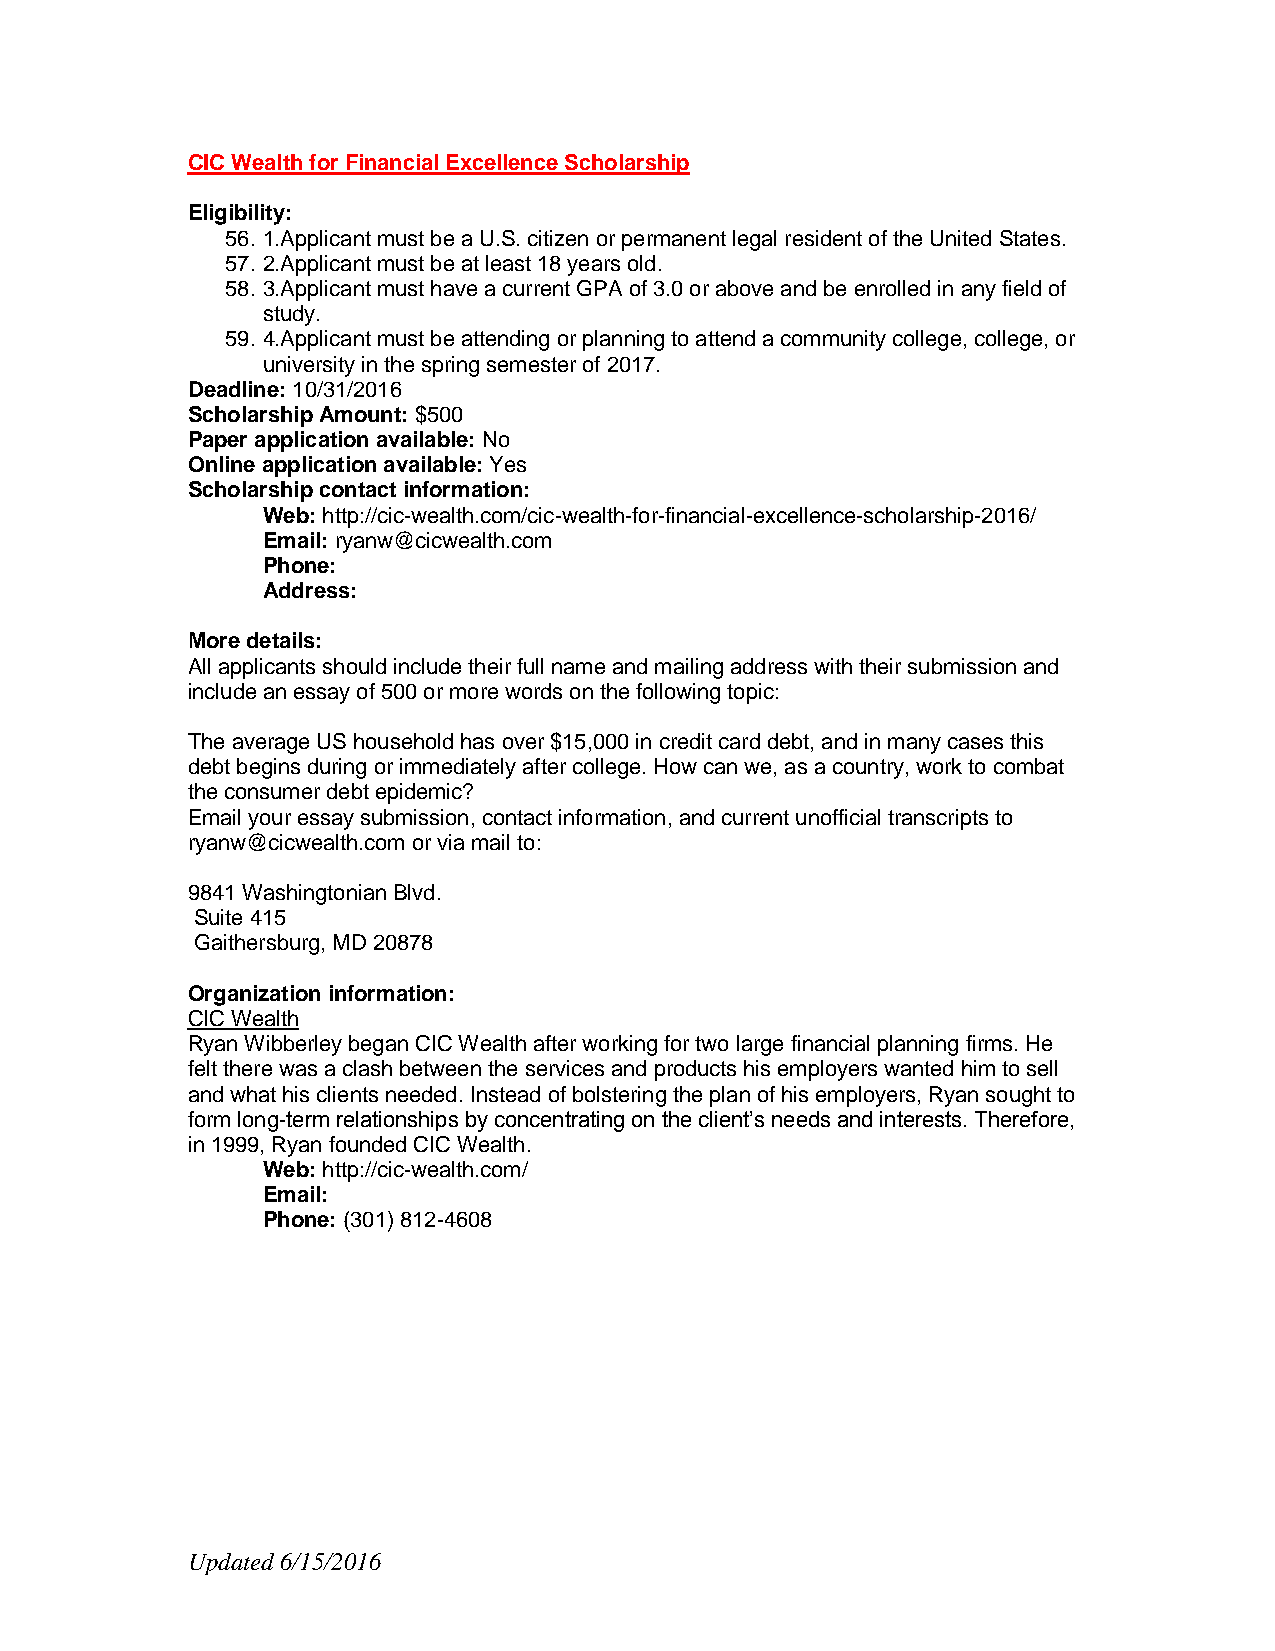
CIC Wealth for Financial Excellence Scholarship
 Eligibility:
 56. 1.Applicant must be a U.S. citizen or permanent legal resident of the United States.
 57. 2.Applicant must be at least 18 years old.
 58. 3.Applicant must have a current GPA of 3.0 or above and be enrolled in any field of
 study.
 59. 4.Applicant must be attending or planning to attend a community college, college, or
 university in the spring semester of 2017.
 Deadline: 10/31/2016
 Scholarship Amount: $500
 Paper application available: No
 Online application available: Yes
 Scholarship contact information:
 Web: http://cic-wealth.com/cic-wealth-for-financial-excellence-scholarship-2016/
 Email: ryanw@cicwealth.com
 Phone:
 Address:
 More details:
 All applicants should include their full name and mailing address with their submission and
 include an essay of 500 or more words on the following topic:
 The average US household has over $15,000 in credit card debt, and in many cases this
 debt begins during or immediately after college. How can we, as a country, work to combat
 the consumer debt epidemic?
 Email your essay submission, contact information, and current unofficial transcripts to
 ryanw@cicwealth.com or via mail to:
 9841 Washingtonian Blvd.
 Suite 415
 Gaithersburg, MD 20878
 Organization information:
 CIC Wealth
 Ryan Wibberley began CIC Wealth after working for two large financial planning firms. He
 felt there was a clash between the services and products his employers wanted him to sell
 and what his clients needed. Instead of bolstering the plan of his employers, Ryan sought to
 form long-term relationships by concentrating on the client’s needs and interests. Therefore,
 in 1999, Ryan founded CIC Wealth.
 Web: http://cic-wealth.com/
 Email:
 Phone: (301) 812-4608
 Updated 6/15/2016